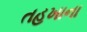
તહખાના